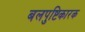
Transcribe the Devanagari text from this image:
बलपुष्टिकारक